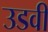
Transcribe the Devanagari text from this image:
उडवी